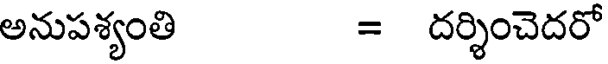
అనుపశ్యంతి = దర్శించెదరో